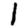
Digit: 1